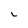
Character: 1